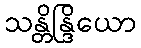
သန္တိန္ဒြိယော